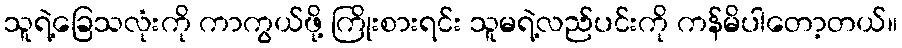
သူရဲ့ခြေသလုံးကို ကာကွယ်ဖို့ ကြိုးစားရင်း သူမရဲ့လည်ပင်းကို ကန်မိပါတော့တယ်။